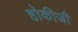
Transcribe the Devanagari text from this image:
होकीजी